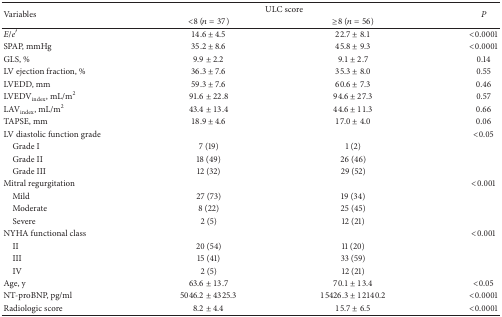
<table><thead><tr><td rowspan="2"><b>Variables</b></td><td colspan="2"><b>ULC score</b></td><td rowspan="2"><b> <i>P</i></b></td></tr><tr><td><b>&lt;8 (<i>n</i> = 37)</b></td><td><b>≥8 (<i>n</i> = 56)</b></td></tr></thead><tbody><tr><td><i>E</i>/<i>e</i>′</td><td>14.6 ± 4.5</td><td>22.7 ± 8.1</td><td>&lt;0.0001</td></tr><tr><td>SPAP, mmHg</td><td>35.2 ± 8.6</td><td>45.8 ± 9.3</td><td>&lt;0.0001</td></tr><tr><td>GLS, %</td><td>9.9 ± 2.2</td><td>9.1 ± 2.7</td><td>0.14</td></tr><tr><td>LV ejection fraction, %</td><td>36.3 ± 7.6</td><td>35.3 ± 8.0</td><td>0.55</td></tr><tr><td>LVEDD, mm</td><td>59.3 ± 7.6</td><td>60.6 ± 7.3</td><td>0.46</td></tr><tr><td>LVEDV<sub>index</sub>, mL/m<sup>2</sup></td><td>91.6 ± 22.8</td><td>94.6 ± 27.3</td><td>0.57</td></tr><tr><td>LAV<sub>index</sub>, mL/m<sup>2</sup></td><td>43.4 ± 13.4</td><td>44.6 ± 11.3</td><td>0.66</td></tr><tr><td>TAPSE, mm</td><td>18.9 ± 4.6</td><td>17.0 ± 4.0</td><td>0.06</td></tr><tr><td>LV diastolic function grade</td><td> </td><td> </td><td>&lt;0.05</td></tr><tr><td> Grade I</td><td>7 (19)</td><td>1 (2)</td><td> </td></tr><tr><td> Grade II</td><td>18 (49)</td><td>26 (46)</td><td> </td></tr><tr><td> Grade III</td><td>12 (32)</td><td>29 (52)</td><td> </td></tr><tr><td>Mitral regurgitation</td><td> </td><td> </td><td>&lt;0.001</td></tr><tr><td> Mild</td><td>27 (73)</td><td>19 (34)</td><td> </td></tr><tr><td> Moderate</td><td>8 (22)</td><td>25 (45)</td><td> </td></tr><tr><td> Severe</td><td>2 (5)</td><td>12 (21)</td><td> </td></tr><tr><td>NYHA functional class</td><td> </td><td> </td><td>&lt;0.001</td></tr><tr><td> II</td><td>20 (54)</td><td>11 (20)</td><td> </td></tr><tr><td> III</td><td>15 (41)</td><td>33 (59)</td><td> </td></tr><tr><td> IV</td><td>2 (5)</td><td>12 (21)</td><td> </td></tr><tr><td>Age, y</td><td>63.6 ± 13.7</td><td>70.1 ± 13.4</td><td>&lt;0.05</td></tr><tr><td>NT-proBNP, pg/ml</td><td>5046.2 ± 4325.3</td><td>15426.3 ± 12140.2</td><td>&lt;0.0001</td></tr><tr><td>Radiologic score</td><td>8.2 ± 4.4</td><td>15.7 ± 6.5</td><td>&lt;0.0001</td></tr></tbody></table>